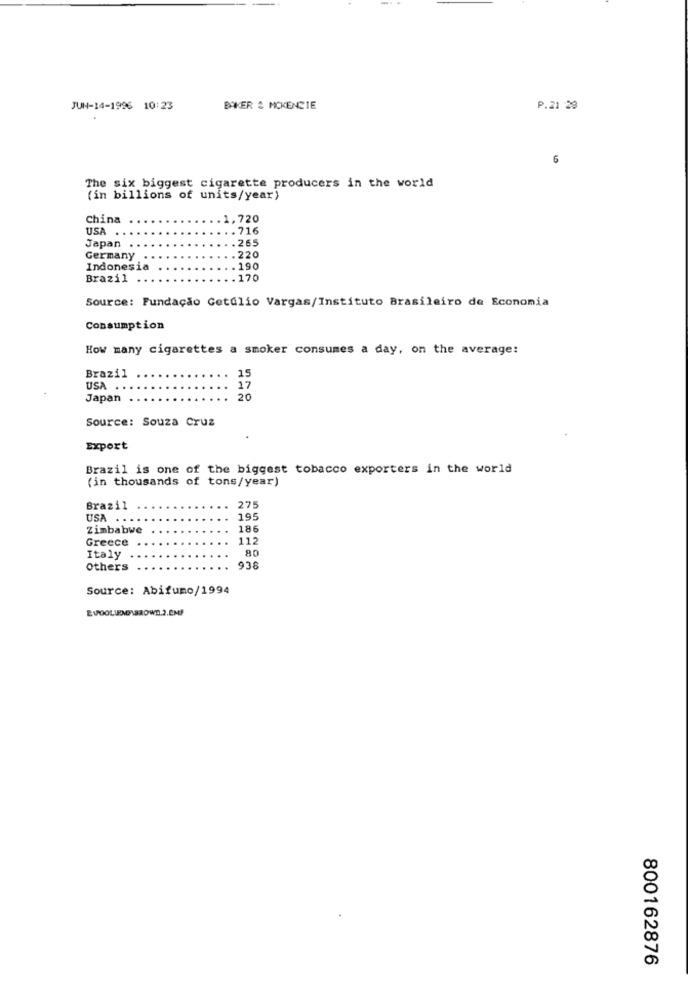
JUN-14-1996 10:23
BAKER & MCKENZIE
P.21 29
6
The six biggest cigarette producers in the world
(in billions of units/year)
China
.1, 720
USA .
. 716
.265
Japan .
Germany
.220
Indonesia
19.0
Brazil
. 170
Source: Fundação Getúlio Vargas/Instituto Brasileiro de Economia
Consumption
How many cigarettes a smoker consumes a day, on the average:
15
Brazil
USA ..
17
Japan
20
Source: Souza Cruz
Export
Brazil is one of the biggest tobacco exporters in the world
(in thousands of tons/year)
Brazil
275
USA . ...
195
Zimbabwe
186
Greece
112
80
Italy
Others
936
Source: Abifumo/1994
800162876